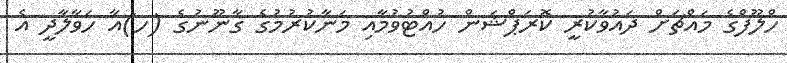
ހްލޫފްގެ މައްޗަށް ދައުވާކުރީ ކޮރަޕްޝަން ހުއްޓުވުމާއި މަނާކުރުމުގެ ގާނޫނުގެ (ހ)އާ ހަވާލާދީ އެ